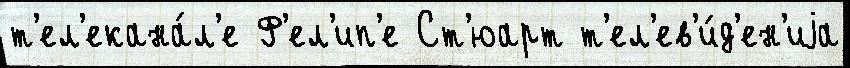
т'ел'екана́л'е Ф'ел'ип'е Ст'юарт т'ел'ев'и́д'ен'иjа